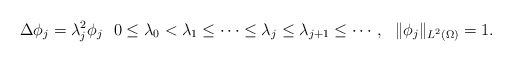
\begin{align*} \begin{aligned} \Delta \phi_j &= \lambda_j^2 \phi_j \ \ 0 \leq \lambda_0 < \lambda_1 \leq \cdots \leq \lambda_j \leq \lambda_{j+1} \leq \cdots, \ \ \| \phi_j \|_{L^2 (\Omega)} = 1. \end{aligned}\end{align*}